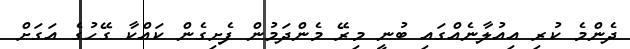
ދެންމެ ކުރި އިއުލާނެއްގައި ބުނީ މިރޭ މެންދަމުން ފެށިގެން ކައްކާ ގޭހުގެ އަގަށް